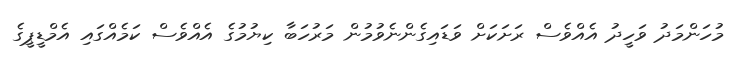
މުހަންމަދު ވަހީދު އެއްވެސް ރަށަކަށް ވަޑައިގެންނެވުމުން މަރުހަބާ ކިޔުމުގެ އެއްވެސް ކަމެއްގައި އެމްޑީޕީގެ